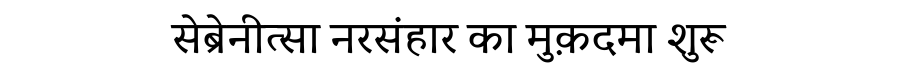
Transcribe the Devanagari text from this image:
सेब्रेनीत्सा नरसंहार का मुक़दमा शुरू